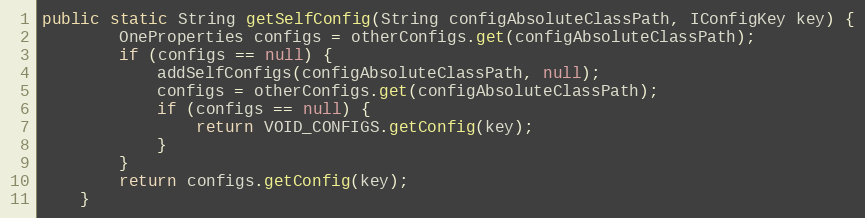
Language: Java
public static String getSelfConfig(String configAbsoluteClassPath, IConfigKey key) {
        OneProperties configs = otherConfigs.get(configAbsoluteClassPath);
        if (configs == null) {
            addSelfConfigs(configAbsoluteClassPath, null);
            configs = otherConfigs.get(configAbsoluteClassPath);
            if (configs == null) {
                return VOID_CONFIGS.getConfig(key);
            }
        }
        return configs.getConfig(key);
    }